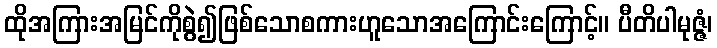
ထိုအကြားအမြင်ကိုစွဲ၍ဖြစ်သောစကားဟူသောအကြောင်းကြောင့်။ ပီတိပါမုဇ္ဇံ၊